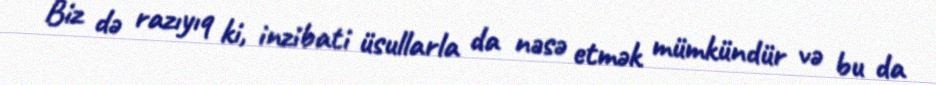
Biz də razıyıq ki, inzibati üsullarla da nəsə etmək mümkündür və bu da